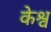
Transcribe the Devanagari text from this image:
केश्व